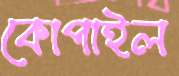
কোপাইল